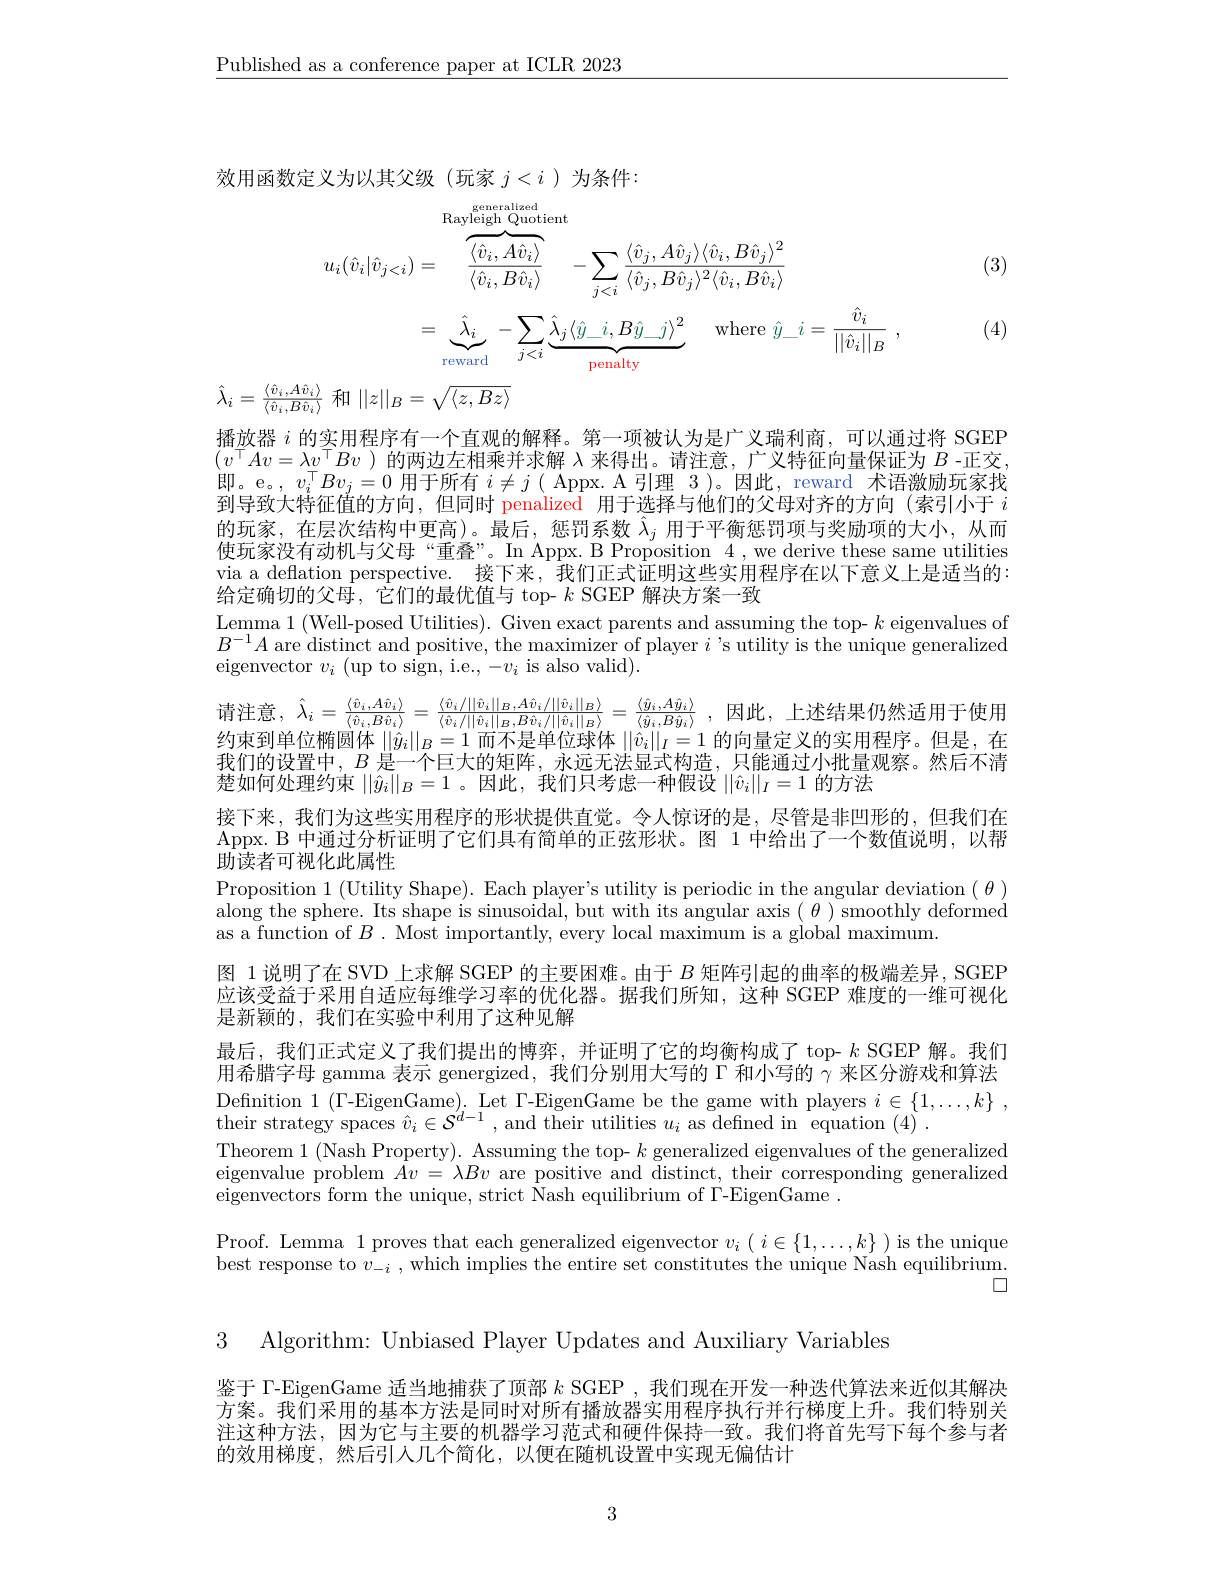
$\underline{\text{Published as a conference paper at ICLR 2023}}$

效用函数定义为以其父级(玩家$j<i$ )为条件：

(3)

generalized
$$\begin{aligned}u_{i}(\hat{v}_{i}|\hat{v}_{j<i})&=\overbrace{\frac{\langle\hat{v}_{i},A\hat{v}_{i}\rangle}{\langle\hat{v}_{i},B\hat{v}_{i}\rangle}}^{\mathrm{Rayleigh~Quotient}}-\sum_{j<i}\frac{\langle\hat{v}_{j},A\hat{v}_{j}\rangle\langle\hat{v}_{i},B\hat{v}_{j}\rangle^{2}}{\langle\hat{v}_{j},B\hat{v}_{j}\rangle^{2}\langle\hat{v}_{i},B\hat{v}_{i}\rangle}\\&=\underbrace{\hat{\lambda}_{i}}_{\mathrm{reward}}-\sum_{j<i}\underbrace{\hat{\lambda}_{j}\langle\hat{y}_{-}i,B\hat{y}_{-}j\rangle^{2}}_{\mathrm{penalty}}\quad\mathrm{where~}\hat{y}_{-}i=\frac{\hat{v}_{i}}{||\hat{v}_{i}||_{B}}\:,\end{aligned}$$
(4)

$\hat{\lambda}_i=\frac{\langle\hat{v}_i,A\hat{v}_i\rangle}{\langle\hat{v}_i,B\hat{v}_i\rangle}$ 和$||z||_B=\sqrt{\langle z,Bz\rangle}$
播放器$i$的实用程序有一个直观的解释。第一项被认为是广义瑞利商，可以通过将 SGEP $(v^\top Av=\lambda v^\top Bv)$的两边左相乘并求解$\lambda$来得出。请注意，广义特征向量保证为$B$ -正交， 即。e。,$v_i^\top Bv_j=0$用于所有$i\neq j($ Appx. A 引理 3)。因此，reward 术语激励玩家找到导致大特征值的方向，但同时 penalized 用于选择与他们的父母对齐的方向 (索引小于$i$ 的玩家，在层次结构中更高)。最后，惩罚系数$\hat{\lambda}_j$用于平衡惩罚项与奖励项的大小，从而使玩家没有动机与父母“重叠”。In Appx. B Proposition 4 , we derive these same utilities via a deflation perspective. 接下来，我们正式证明这些实用程序在以下意义上是适当的： 给定确切的父母，它们的最优值与 top- $k$ SGEP 解决方案一致
$\begin{array}{l}{\mathrm{Lemma~1~(Well-posed~Utilities).~Given~exact~parents~and~assuming~the~top-~}k~eigenvalues~of}\\{\mathrm{Lemma~1~(Well-posed~Utilities).~Given~exact~parents~and~assuming~the~top-~}k~eigenvalues~of}\end{array}$ $B^{-1}A$ are distinct and positive, the maximizer of player $i$ 's utility is the unique generalized eigenvector $v_i$ (up to sign, i.e., -vi is also valid).
error:list index out of range 约束到单位椭圆体$\|\hat{y}_i\|_B=1$而不是单位球体$\|\hat{v}_i\|_I=1$的向量定义的实用程序。但是，在我们的设置中，$B$是一个巨大的矩阵，永远无法显式构造，只能通过小批量观察。然后不清楚如何处理约束$\|\hat{y}_i\|_B=1$ 。因此，我们只考虑一种假设$\|\hat{v}_i\|_I=1$的方法
接下来，我们为这些实用程序的形状提供直觉。令人惊讶的是，尽管是非凹形的，但我们在Appx. B 中通过分析证明了它们具有简单的正弦形状。图 1 中给出了一个数值说明，以帮助读者可视化此属性
Proposition 1 (Utility Shape). Each player's utility is periodic in the angular deviation $(\theta)$ along the sphere. Its shape is sinusoidal, but with its angular axis $(\theta)$ smoothly deformed as a function of $B.$ Most importantly, every local maximum is a global maximum.
图 1说明了在 SVD 上求解 SGEP 的主要困难。由于$B$矩阵引起的曲率的极端差异，SGEP 应该受益于采用自适应每维学习率的优化器。据我们所知，这种 SGEP 难度的一维可视化是新颖的，我们在实验中利用了这种见解
最后，我们正式定义了我们提出的博弈，并证明了它的均衡构成了 top- $k$ SGEP 解。我们用希腊字母 gamma 表示 genergized, 我们分别用大写的$\Gamma$和小写的$\gamma$来区分游戏和算法Definition 1 (Г-EigenGame). Let Г-EigenGame be the game with players $i\in \{ 1, \ldots , k\}$ , their strategy spaces $\hat{v}_i\in\mathcal{S}^{d-1}$ , and their utilities $u_i$ as defined in equation (4).
Theorem 1 (Nash Property). Assuming the top- $k$ generalized eigenvalues of the generalized eigenvalue problem $Av=\lambda Bv$ are positive and distinct, their corresponding generalized eigenvectors form the unique, strict Nash equilibrium of $\Gamma$-EigenGame .
Proof. Lemma 1 proves that each generalized eigenvector $v_i\left(i\in\{1,\ldots,k\}\right)$ is the unique best response to $v_{-i}$, which implies the entire set constitutes the unique Nash equilibrium.
口

3 Algorithm: Unbiased Player Updates and Auxiliary Variables

鉴于 Г-EigenGame 适当地捕获了顶部$k$ SGEP , 我们现在开发一种迭代算法来近似其解决方案。我们采用的基本方法是同时对所有播放器实用程序执行并行梯度上升。我们特别关注这种方法，因为它与主要的机器学习范式和硬件保持一致。我们将首先写下每个参与者的效用梯度，然后引人几个简化，以便在随机设置中实现无偏估计

3